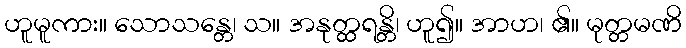
ဟူမူကား။ သောသန္တေ၊ သ။ အနုတ္ထရန္တိ၊ ဟူ၍။ အာဟ၊ ၏။ မုတ္တမဏိ